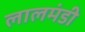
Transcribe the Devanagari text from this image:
लालमंडी